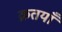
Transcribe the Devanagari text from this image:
क्रतयाँ